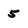
Character: 5